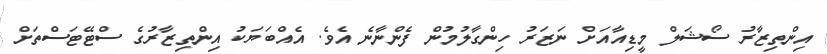
އިންތިޒާރު ސޯޝަލް މީޑިއާއަށް ނަޒަރު ހިންގާލުމުން ފެންނާނެ އެވެ. އެއްބަޔަކު އިންތިޒާރުގެ ސްޓޭޓަސްތަށް